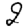
Digit: 2